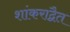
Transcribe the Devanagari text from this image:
शांकराद्वैत